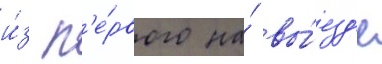
и́з п'е́рвого на́ вы́езд'е